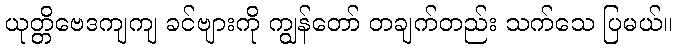
ယုတ္တိဗေဒကျကျ ခင်ဗျားကို ကျွန်တော် တချက်တည်း သက်သေ ပြမယ်။